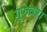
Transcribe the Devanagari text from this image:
गुरुवरा